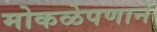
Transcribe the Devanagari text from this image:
मोकळेपणानें